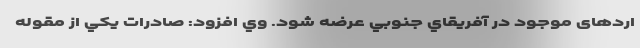
اردهای موجود در آفريقاي جنوبي عرضه شود. وي افزود: صادرات يكي از مقوله